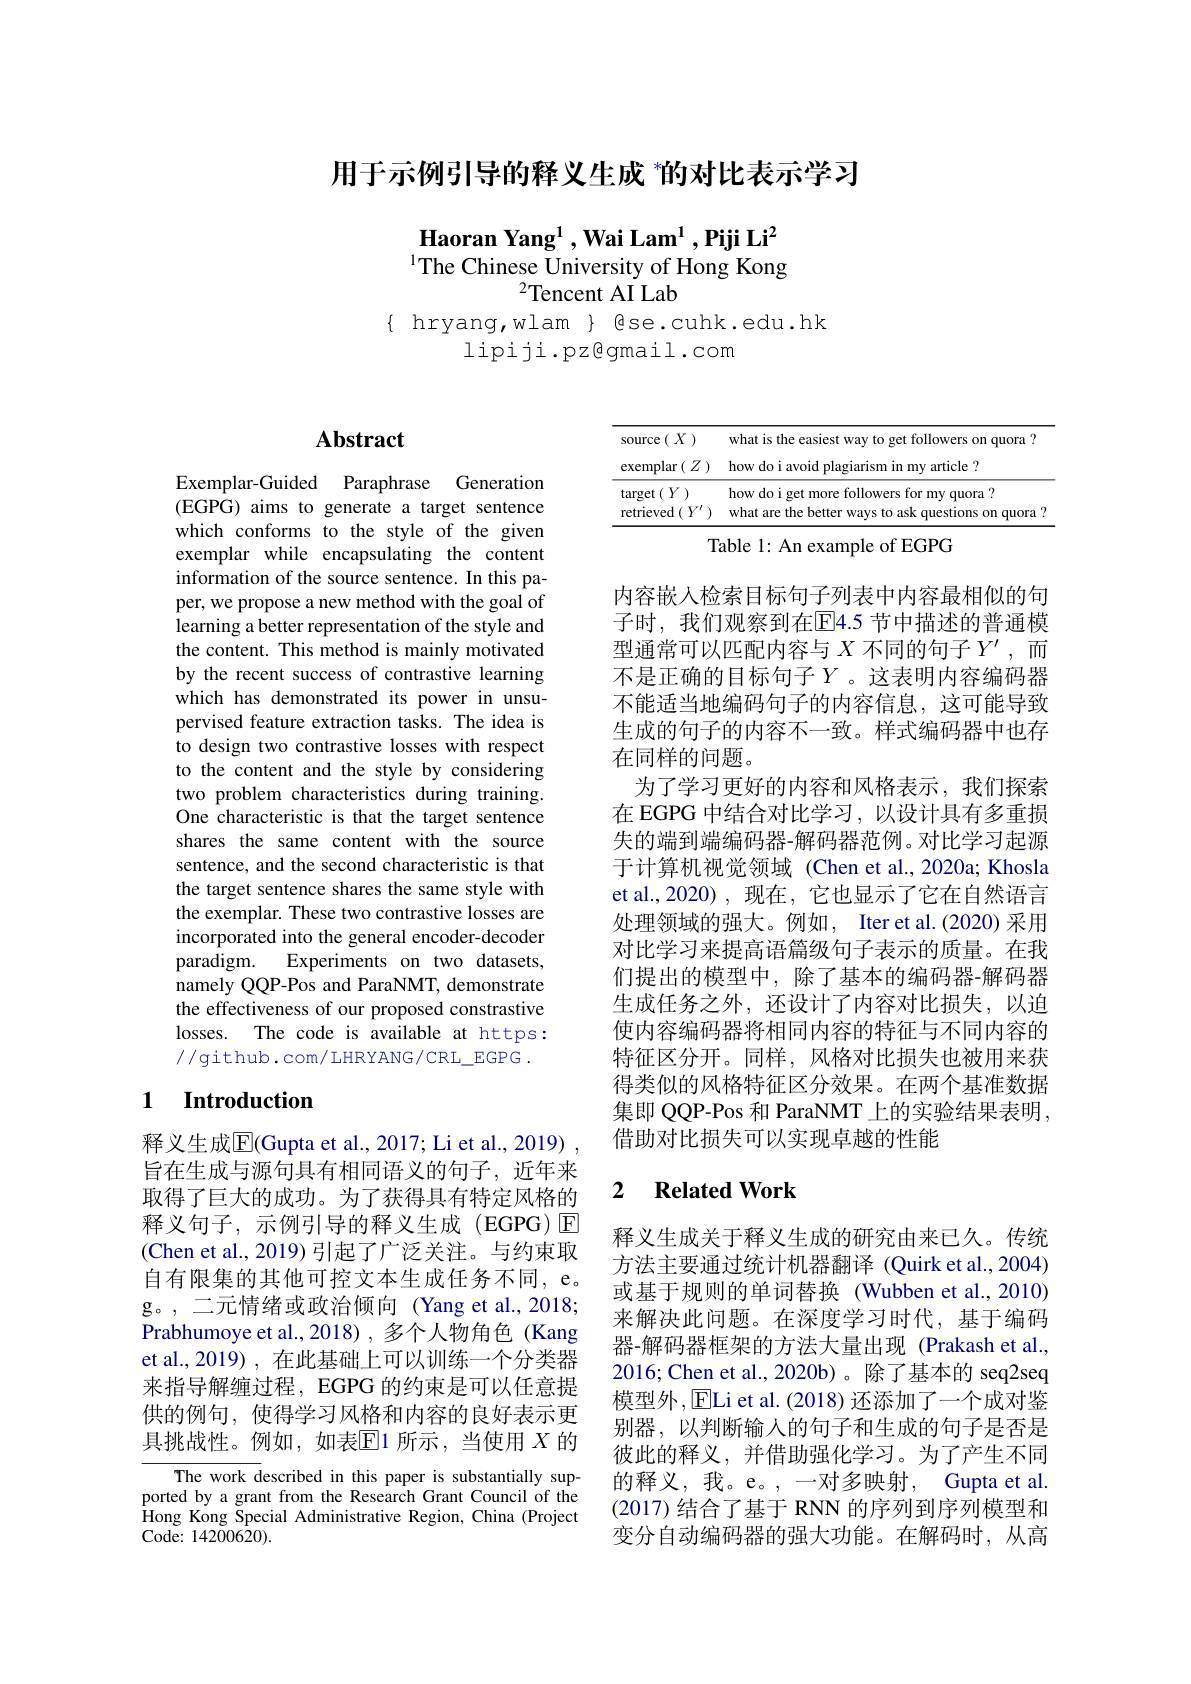
用于示例引导的释义生成 ”的对比表示学习

Haoran Yang$^1$,Wai Lam$^1$,Piji Li$^2$ $^{1}$The Chinese University of Hong Kong
$^{2}$Tencent AI Lab
$\{$ hryang,wlam $\}$ gse.cuhk.edu.hk
lipiji.pz@gmail.com

# Abstract

Exemplar-Guided Paraphrase Generation (EGPG) aims to generate a target sentence which conforms to the style of the given exemplar while encapsulating the content information of the source sentence. In this paper, we propose a new method with the goal of learning a better representation of the style and the content. This method is mainly motivated by the recent success of contrastive learning which has demonstrated its power in unsupervised feature extraction tasks. The idea is to design two contrastive losses with respect to the content and the style by considering two problem characteristics during training. One characteristic is that the target sentence shares the same content with the source sentence, and the second characteristic is that the target sentence shares the same style with the exemplar. These two contrastive losses are incorporated into the general encoder-decoder paradigm. Experiments on two datasets, namely QQP-Pos and ParaNMT, demonstrate the effectiveness of our proposed constrastive losses. The code is available at https: //github.com/LHRYANG/CRL\_EGPG.

## 1 Introduction

释义生成$\overline{\mathrm{E}}($Gupta et al., 2017; Li et al., 2019) , 旨在生成与源句具有相同语义的句子，近年来取得了巨大的成功。为了获得具有特定风格的释义句子，示例引导的释义生成(EGPG)E (Chen et al., 2019) 引起了广泛关注。与约束取自有限集的其他可控文本生成任务不同，e。g。,二元情绪或政治倾向(Yang et al.,2018; Prabhumoye et al., 2018) , 多个人物角色 (Kang et al., 2019) , 在此基础上可以训练一个分类器来指导解缠过程，EGPG 的约束是可以任意提供的例句，使得学习风格和内容的良好表示更具挑战性。例如，如表$\mathbb{E}$1 所示，当使用 $X$ 的

The work described in this paper is substantially supported by a grant from the Research Grant Council of the Hong Kong Special Administrative Region, China (Project Code: 14200620).

<table>
	<tbody>
		<tr>
			<td>e$(X)$ Source</td>
			<td>what is the easiest way to get followers on quora ?</td>
		</tr>
		<tr>
			<td>exemplar$(Z)$</td>
			<td>how do i avoid plagiarism in my article ?</td>
		</tr>
		<tr>
			<td>$\operatorname{target}(Y)$ retrieved $1(Y^{r}$</td>
			<td>how do i get more followers for my quora ? what are the better ways to ask questions on quora°</td>
		</tr>
	</tbody>
</table>
Table 1: An example of EGPG

内容嵌入检索目标句子列表中内容最相似的句子时，我们观察到在$\mathbb{E}$4.5 节中描述的普通模型通常可以匹配内容与$X$不同的句子$Y^\prime$,而不是正确的目标句子$Y$。这表明内容编码器不能适当地编码句子的内容信息，这可能导致生成的句子的内容不一致。样式编码器中也存在同样的问题。
为了学习更好的内容和风格表示，我们探索在 EGPG 中结合对比学习，以设计具有多重损失的端到端编码器-解码器范例。对比学习起源于计算机视觉领域(Chen et al., 2020a; Khosla et al.,2020), 现在，它也显示了它在自然语言处理领域的强大。例如，Iter et al.(2020) 采用对比学习来提高语篇级句子表示的质量。在我们提出的模型中，除了基本的编码器-解码器生成任务之外，还设计了内容对比损失，以迫使内容编码器将相同内容的特征与不同内容的特征区分开。同样，风格对比损失也被用来获得类似的风格特征区分效果。在两个基准数据集即 QQP-Pos 和 ParaNMT 上的实验结果表明， 借助对比损失可以实现卓越的性能

### 2 $\textbf{Related Work}$

释义生成关于释义生成的研究由来已久。传统方法主要通过统计机器翻译 (Quirk et al.,2004) 或基于规则的单词替换(Wubben et al.,2010) 来解决此问题。在深度学习时代，基于编码器-解码器框架的方法大量出现 (Prakash et al., 2016; Chen et al., 2020b) 。除了基本的 seq2seq 模型外，ELi et al. (2018) 还添加了一个成对鉴别器，以判断输入的句子和生成的句子是否是彼此的释义，并借助强化学习。为了产生不同的释义，我。e。,一对多映射，Gupta et al. (2017) 结合了基于 RNN 的序列到序列模型和变分自动编码器的强大功能。在解码时，从高